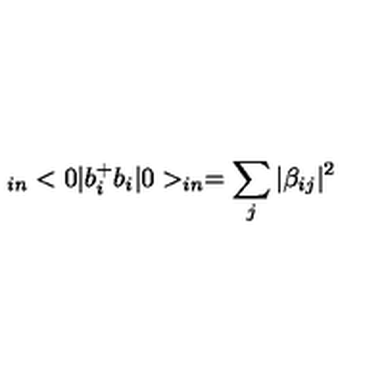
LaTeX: _ { i n } < 0 | b _ { i } ^ { + } b _ { i } | 0 > _ { i n } = \sum _ { j } | \beta _ { i j } | ^ { 2 }